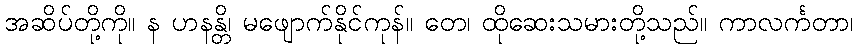
အဆိပ်တို့ကို။ န ဟနန္တိ၊ မဖျောက်နိုင်ကုန်။ တေ၊ ထိုဆေးသမားတို့သည်။ ကာလင်္ကတာ၊